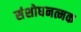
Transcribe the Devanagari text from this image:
संशोधनत्मक